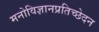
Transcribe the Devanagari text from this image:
मनोविज्ञानप्रतिच्छेदन